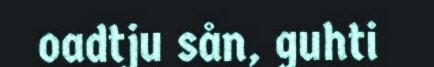
oadtju sån, guhti